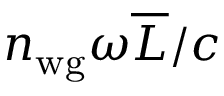
n _ { \mathrm { w g } } \omega \overline { { L } } / c